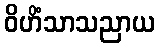
ဝိဟိံသာသညာယ